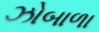
ઝોબાળા